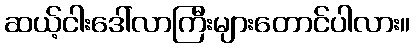
ဆယ့်ငါးဒေါ်လာကြီးများတောင်ပါလား။